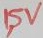
Text: 1,5V